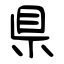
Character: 県